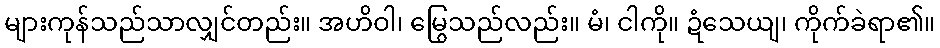
များကုန်သည်သာလျှင်တည်း။ အဟိဝါ၊ မြွေသည်လည်း။ မံ၊ ငါကို။ ဍံသေယျ၊ ကိုက်ခဲရာ၏။